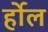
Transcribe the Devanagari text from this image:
र्होल